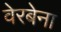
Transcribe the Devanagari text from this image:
वेरबेना